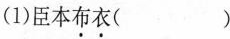
(1)臣本布衣( )